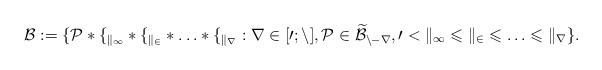
LaTeX: \begin{align*}\cal B:=\{P*f_{k_1}*f_{k_2}*\ldots *f_{k_r} : r\in[0;n], P\in \widetilde{B}_{n-r}, 0<k_1\leqslant k_2\leqslant\ldots\leqslant k_r\}.\end{align*}